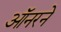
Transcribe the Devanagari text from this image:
ऑनरने